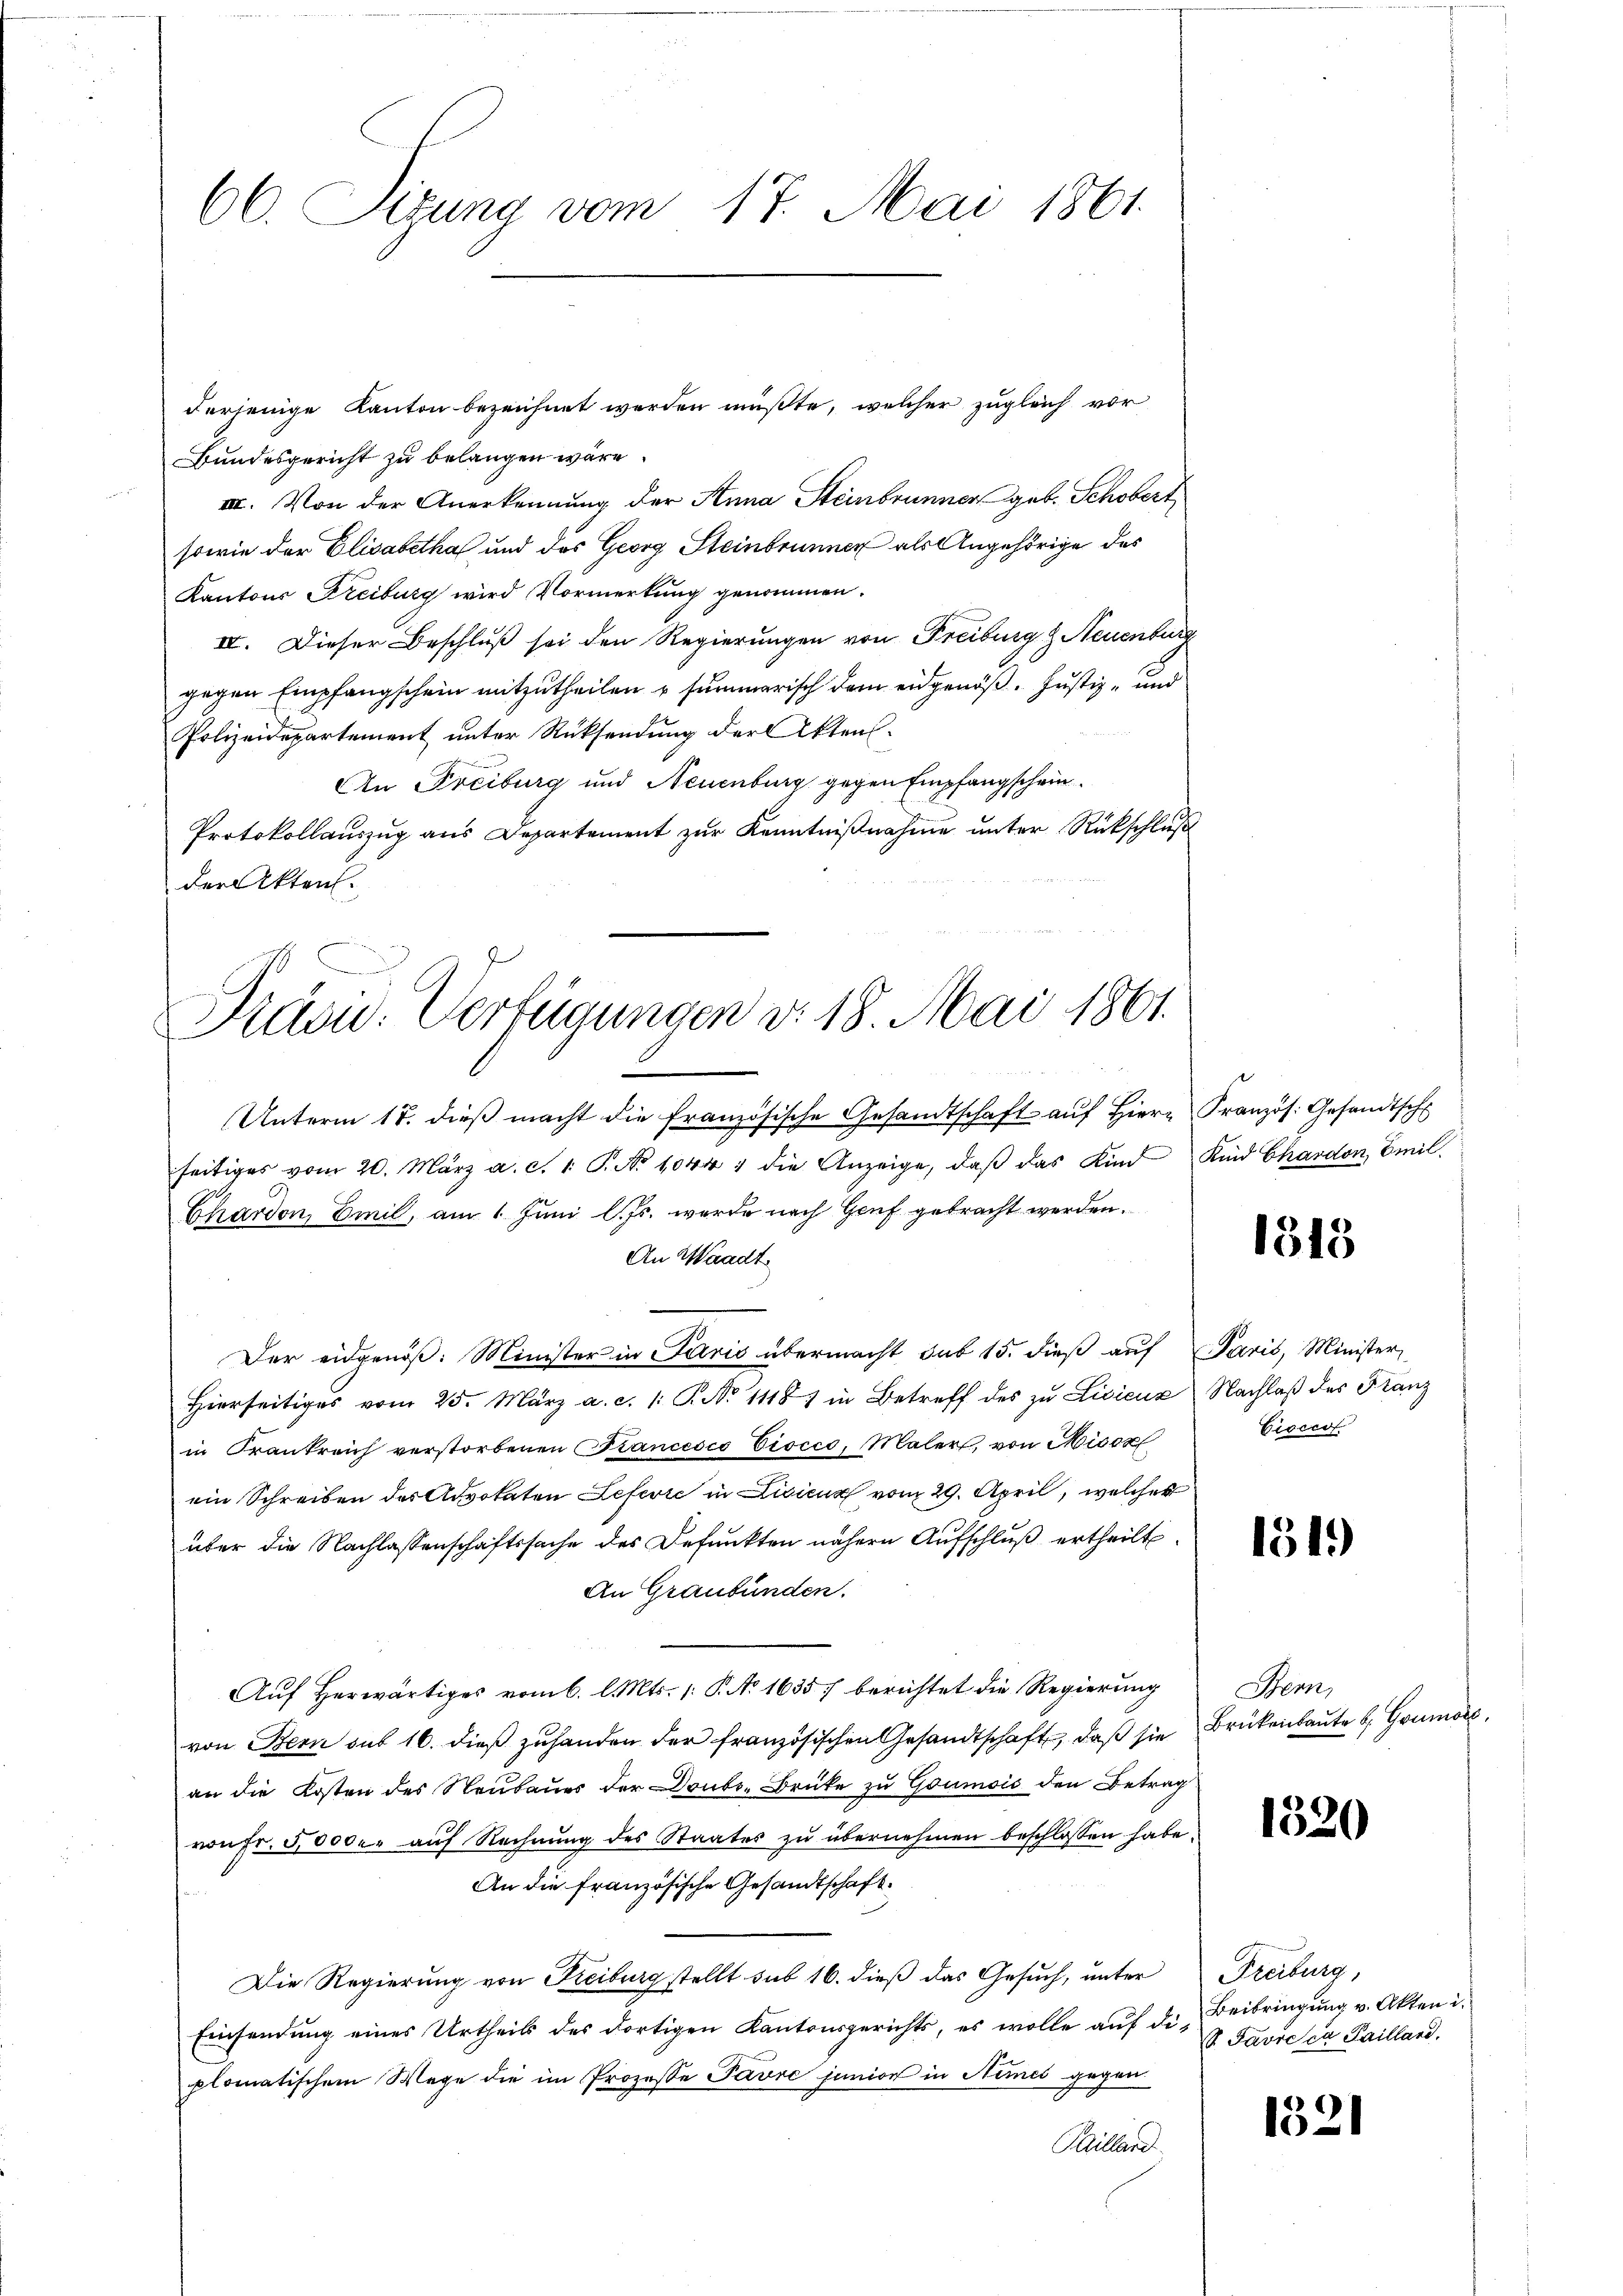
66. Situng vom 17. Mai 1861.

derjenige Kanton bezeichnet werden müßte, welcher zugleich vor
Bundesgericht zu belangen wäre.
III. Von der Anerkennung der Anna Steinbrunner geb. Schobert
sowie der Elisabetha und des Georg Steinbrunner als Angehörige des
Kantons Freiburg wird Vormerkung genommen.
IV. Dieser Beschluß sei den Regierungen von Freiburg & Neuenburg
gegen Empfangschein mitzutheilen u. summerisch dem eidgenöß. Justiz- und
Polizeidepartement unter Rücksendung der Aktens-
An Freiburg und Neuenburg gegen Empfangschein.
Protokollauszug aus Departement zur Kenntnißnahme unter Rückschluß
der Akten.

Prau. Verfügungen v. 18. Mai 1861.

Unterm 17. dieβ macht die französische Gesandtschaft auf Hier Französ. Gesandtsch
seitiges vom 20. März a. c. 1. P. No 1044 ; die Anzeige, daβ das Kind Kind Chardon, Emil.
Chardon, Emil, am 1. Juni l. Js. werde nach Genf gebracht werden.
An Waadt.
Der eidgenöß: Minister in Paris übermacht sub 15. dieß auf Paris, Minister,
Hierseitiges vom 25. März a. c. 1. P. No 1118) in Betreff des zu Licienz Nachlaß des Franz
in Frankreich verstorbenen Biancesco Viscco, Malers, von Misor
ein Schreiben des Advokaten Lefevre in Lisicus vom 29. April, welches
über die Nachlassenschaftssache des Befunkten nähern Aufschluß ertheilt.
An Graubünden.
Auf Herwärtiges vom 6. l. Mts. 1. P. No 1635. berichtet die Regierung
von Bern sub 16. dieß zuhanden der französischen Gesandtschaft, daß sie
an die Kosten des Neubaues der Doubs-Brüke zu Goumois den Betrag
von Fr. 5000 auf Rechnung des Staates zu übernehmen beschlossen habe.
An die französische Gesandtschaft.
.
Die Regierung von Freiburg stellt sub 16. dieß das Gesuch, unter
Einsendung eines Urtheils des dortigen Kantonsgerichts, es wolle auf die
plomatischem Wege die im Prozesse Pavre junion in Nimes gegen
Sillard

1313

Giscess

1519)

Senn,
Brükenbaute b. Grumore,

1520

Freiburg,
Beibringung v. Akten i
V Favre ca Pailland.

1321